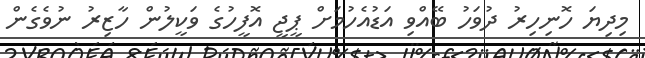
މިދިޔަ ހޮނިހިރު ދުވަހު ބޭއްވި އަޑުއެހުމަށް ޕީޖީ އޮފީހުގެ ވަކީލުން ހާޒިރު ނުވެގެން